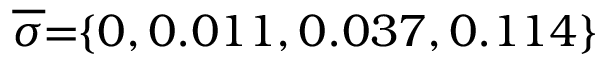
\! \! \! \overline { { \sigma } } \! \! = \! \! \{ 0 , 0 . 0 1 1 , 0 . 0 3 7 , 0 . 1 1 4 \} \! \! \!